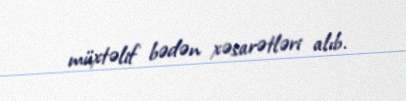
müxtəlif bədən xəsarətləri alıb.